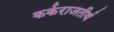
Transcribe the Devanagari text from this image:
कर्कराजतीर्थ